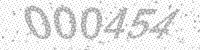
Solution: 000454